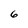
Character: 6